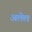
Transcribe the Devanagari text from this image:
अलेल